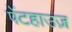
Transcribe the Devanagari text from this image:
पेंटहाउज़